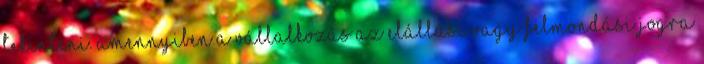
tekinteni. Amennyiben a vállalkozás az elállási vagy felmondási jogra